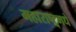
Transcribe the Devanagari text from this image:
महाराष्ट्र्मधे